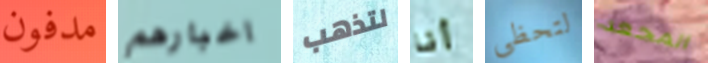
مدفون اخبارهم لتذهب أنا لتحظى المجعد